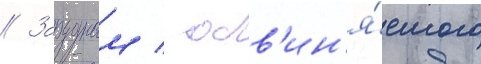
// Зарудным / обв'ин'я́емого